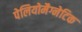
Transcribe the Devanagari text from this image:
पेलियोमैग्नेटिक